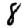
Digit: 8